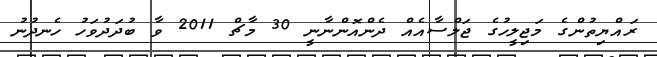
ރައްޔިތުންގެ މަޖިލީހުގެ ޖަލްސާއެއް ދެންއޮންނާނީ 30 މާޗް 2011 ވާ ބުދަދުވަހު ހެނދުނު